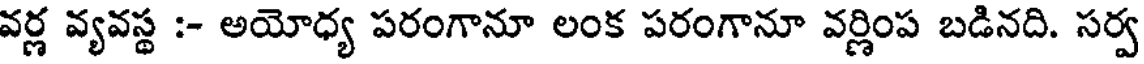
వర్ణ వ్యవస్థ :- అయోధ్య పరంగానూ లంక పరంగానూ వర్ణింప బడినది. సర్వ